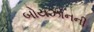
બોયઝોનની